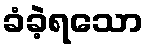
ခံခဲ့ရသော